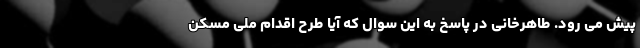
پیش می رود. طاهرخانی در پاسخ به این سوال که آیا طرح اقدام ملی مسکن